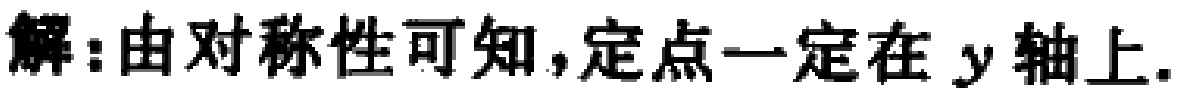
解:由对称性可知，定点一定在 \(y\) 轴上.